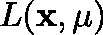
L ( \mathbf { x } , \mathbf { \mu } )